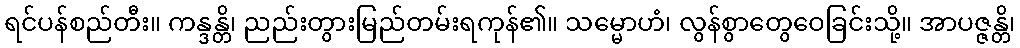
ရင်ပန်စည်တီး။ ကန္ဒန္တိ၊ ညည်းတွားမြည်တမ်းရကုန်၏။ သမ္မောဟံ၊ လွန်စွာတွေဝေခြင်းသို့။ အာပဇ္ဇန္တိ၊